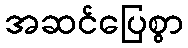
အဆင်ပြေစွာ